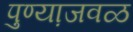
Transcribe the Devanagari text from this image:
पुण्या़जवळ